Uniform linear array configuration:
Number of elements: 12
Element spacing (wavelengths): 0.75
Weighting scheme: kaiser
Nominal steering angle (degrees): -45
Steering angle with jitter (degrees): -45.913
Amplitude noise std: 0.05
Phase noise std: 0.05

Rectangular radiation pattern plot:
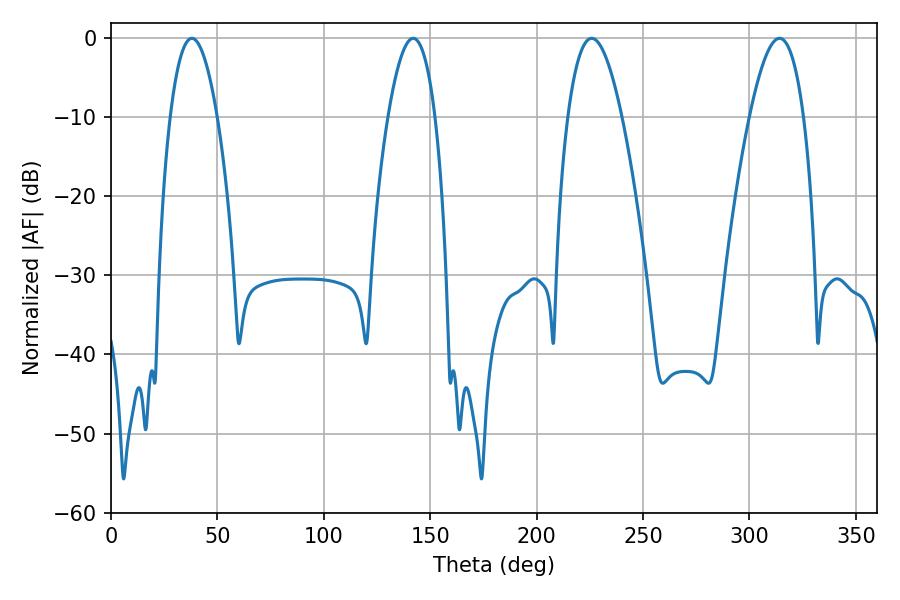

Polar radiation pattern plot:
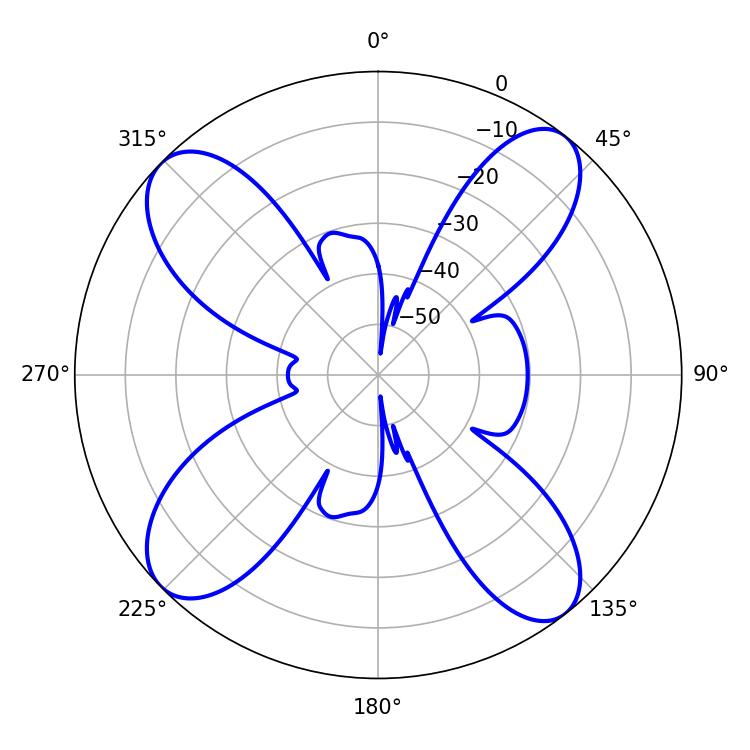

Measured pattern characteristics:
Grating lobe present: TRUE
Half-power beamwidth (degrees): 12.24
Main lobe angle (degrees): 37.98